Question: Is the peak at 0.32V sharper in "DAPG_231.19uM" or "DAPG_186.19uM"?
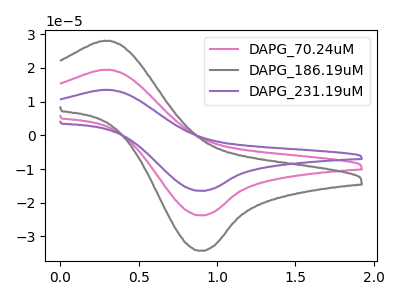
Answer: <think>The pink curve "DAPG_70.24uM" has an anodic peak at (0.30V, 19.45uA) and a cathodic peak at (0.90V, -23.75uA). The gray curve "DAPG_186.19uM" has an anodic peak at (0.30V, 28.05uA) and a cathodic peak at (0.90V, -34.25uA). The purple curve "DAPG_231.19uM" has an anodic peak at (0.30V, 38.90uA) and a cathodic peak at (0.90V, -47.50uA).</think>
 <answer>The peak at 0.32V is higher in "DAPG_231.19uM" than in "DAPG_186.19uM".</answer>
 <eval>higher</eval>